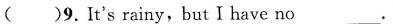
()9.It's rainy,but Ihave no ___.